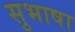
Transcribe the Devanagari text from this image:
सुभाषा